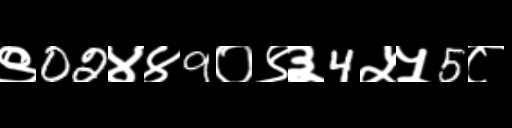
Text: ९02४४9०९३4५५5८